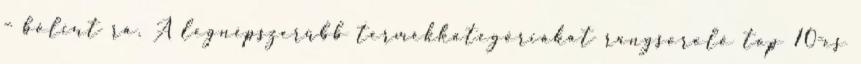
– bólint rá. A legnépszerűbb termékkategóriákat rangsoroló top 10-es